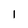
Character: I